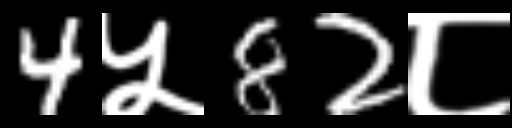
Text: 4५82८